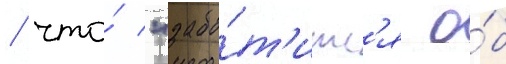
/ что́ "забо́т'итс'я о́б